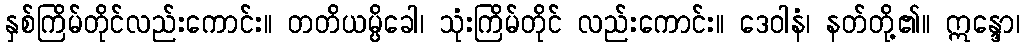
နှစ်ကြိမ်တိုင်လည်းကောင်း။ တတိယမ္ပိခေါ၊ သုံးကြိမ်တိုင် လည်းကောင်း။ ဒေဝါနံ၊ နတ်တို့၏။ ဣန္ဒော၊